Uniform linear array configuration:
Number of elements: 12
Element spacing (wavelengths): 0.5
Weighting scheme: blackman
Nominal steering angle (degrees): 0
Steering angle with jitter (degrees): -0.524
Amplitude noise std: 0.05
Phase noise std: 0.05

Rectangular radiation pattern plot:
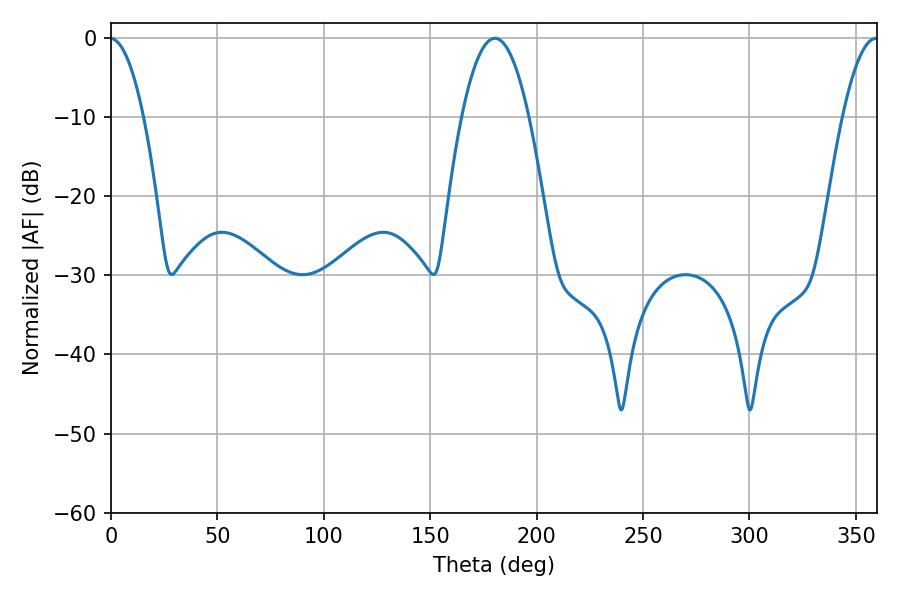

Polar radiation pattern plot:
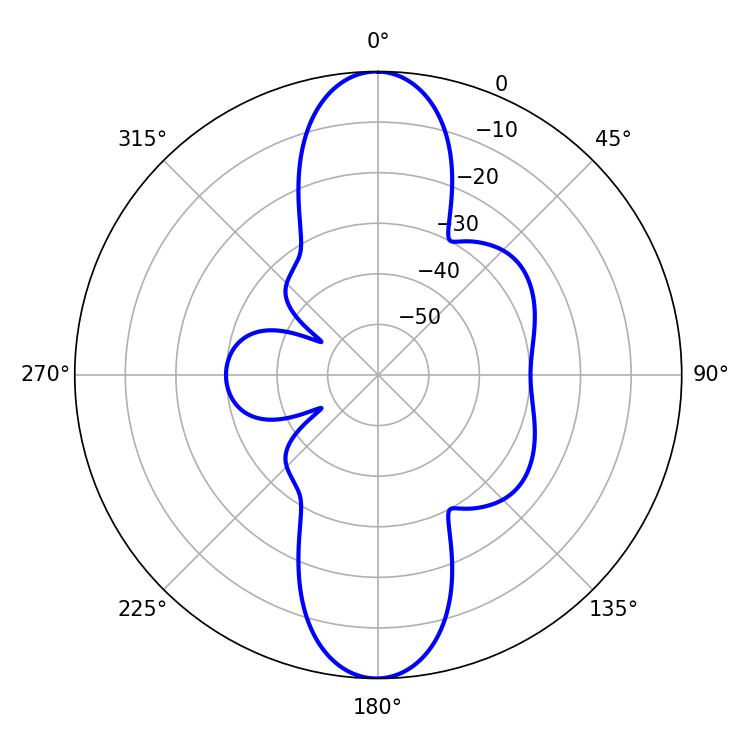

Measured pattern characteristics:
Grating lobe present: FALSE
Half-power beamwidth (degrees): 17.46
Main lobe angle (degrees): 180.36